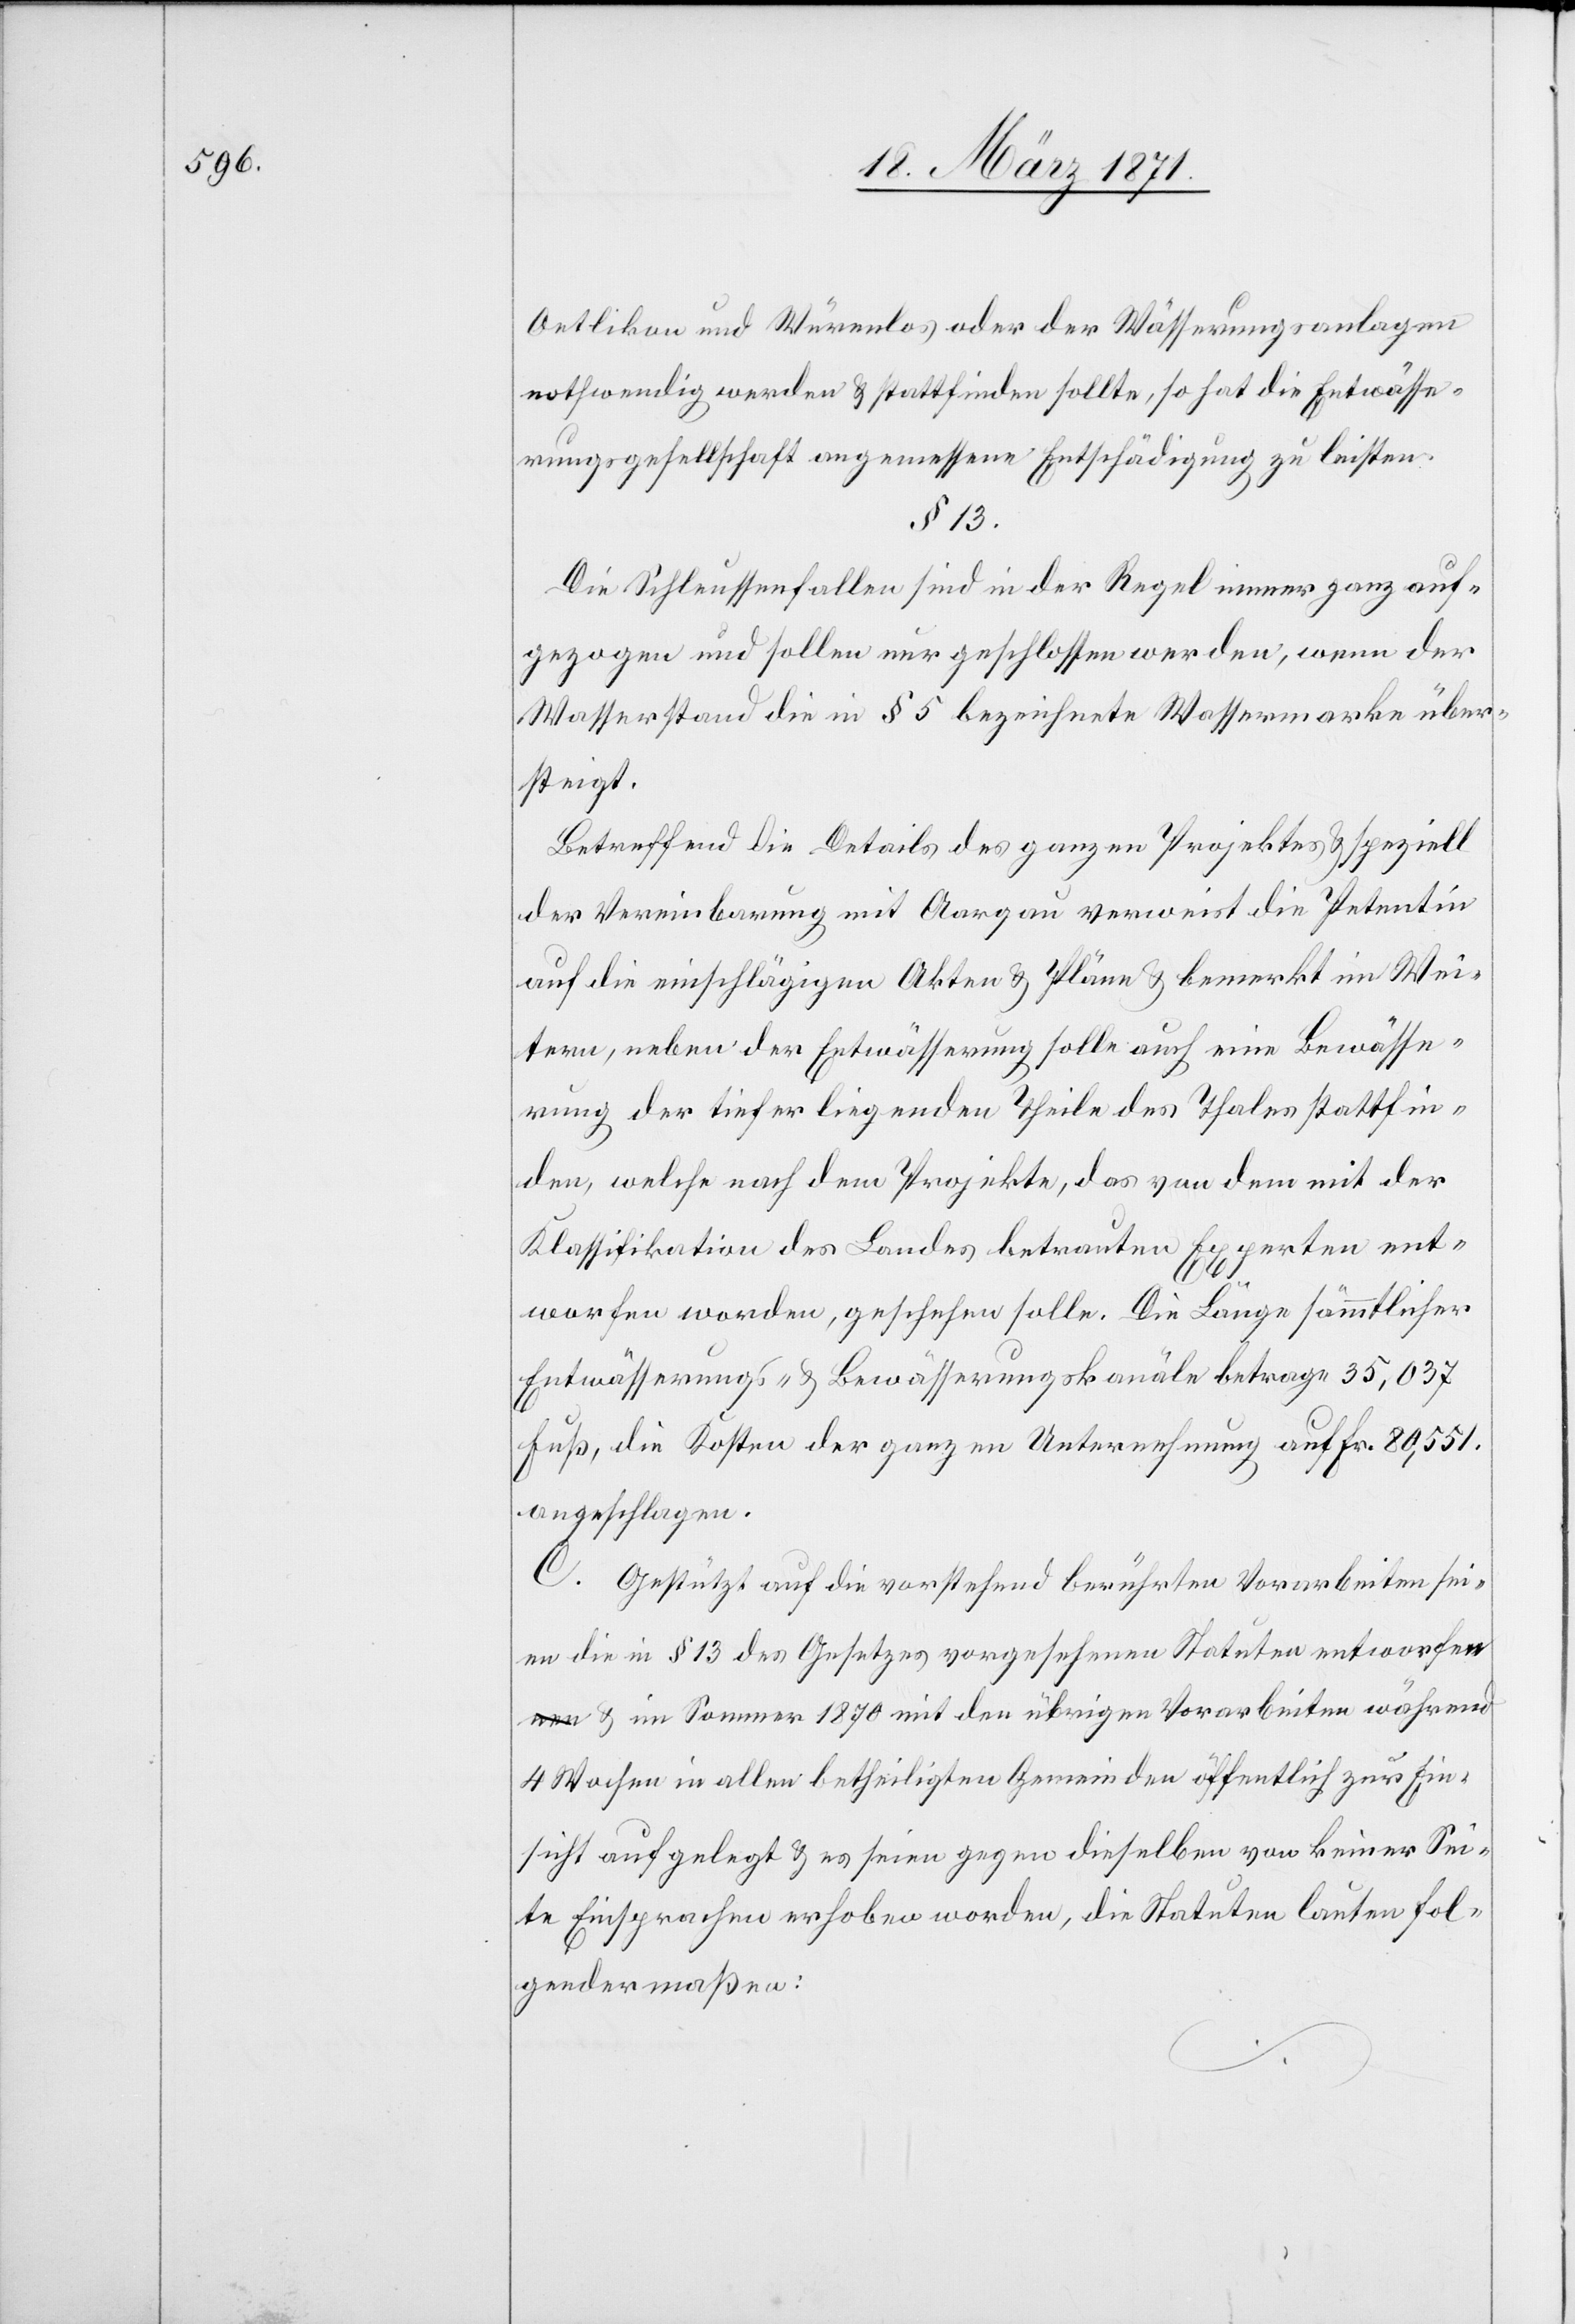
Oetlikon und Würenlos oder der Wässerungsanlagen
nothwendig werden u. stattfinden sollte, so hat die Entwässe¬
rungsgesellschaft angemessene Entschädigung zu leisten.
§ 13
Die Schleussenfallen sind in der Regel immer ganz auf¬
gezogen und sollen nur geschlossen werden, wenn der
Wasserstand die in § 5 bezeichnete Wassermarke über¬
steigt.
Betreffend die Details des ganzen Projektes u. speziell
der Vereinbarung mit Aargau verweist die Petentin
auf die einschlägigen Akten u. Pläne u. bemerkt, im Wei¬
tern, neben der Entwässerung solle auch eine Bewässe¬
rung der tiefer liegenden Theile des Thales stattfin¬
den, welche nach dem Projekte, das von dem mit der
Klassifikation des Landes betrauten Experten ent¬
worfen worden, geschehen solle. Die Länge sämmtlicher
Entwässerungs- u. Bewässerungskanäle betrage 35,037
Fuß, die Kosten der ganzen Unternehmung auf Fr. 80,551.
angeschlagen.
C. Gestützt auf die vorstehende berührten Vorarbeiten sei¬
en die in § 13 des Gesetzes vorgesehenen Statuten entworfe¬
n u. im Sommer 1870 mit den übrigen Vorarbeiten während
4 Wochen in allen betheiligten Gemeinden öffentlich zur Ein¬
sicht aufgelegt u. es seien gegen dieselben von keiner Sei¬
te Einsprachen erhoben worden, die Statuten lauten Fol¬
gendermaßen: